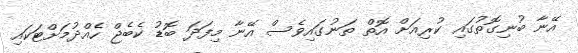
އޭނާ ބުނިގޮތުގައި ކުރިއަށް އޮތް ތަނުގައިވެސް އޭނާ މިފަދަ ބޮޑު ކެބެޖް ހެއްދުމަށްޓަކައި